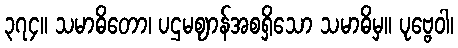
၃၇၄။ သမာဓိတော၊ ပဌမဈာန်အစရှိသော သမာဓိမှ။ ပုဗ္ဗေဝါ၊